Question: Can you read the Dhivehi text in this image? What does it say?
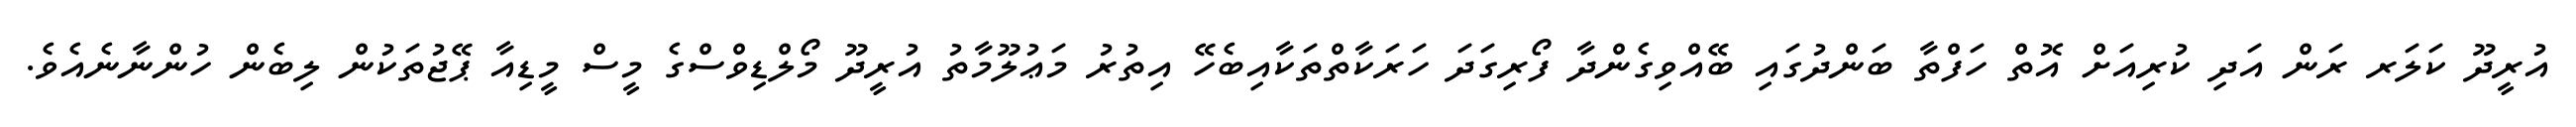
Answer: އުރީދޫ ކަލަރ ރަން އަދި ކުރިއަށް އޮތް ހަފްތާ ބަންދުގައި ބޭއްވިގެންދާ ފޯރިގަދަ ހަރަކާތްތަކާއިބެހޭ އިތުރު މަޢުލޫމާތު އުރީދޫ މޯލްޑިވްސްގެ މީސް މީޑިއާ ޕޭޖުތަކުން ލިބެން ހުންނާނެއެވެ.